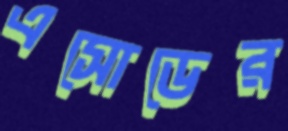
এসোডের